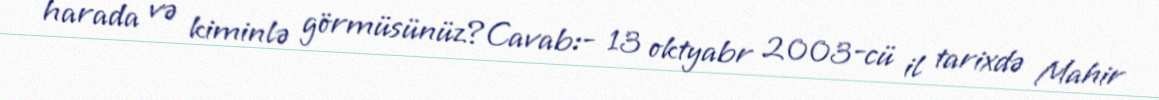
harada və kiminlə görmüsünüz?Cavab:- 13 oktyabr 2003-cü il tarixdə Mahir